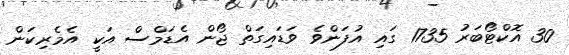
30 އޮކްޓޯބަރު 1735 ގައި އުފަންވެ ވަޑައިގަތް ޖޯން އެޑަމްސް އަކީ އެމެރިކަން